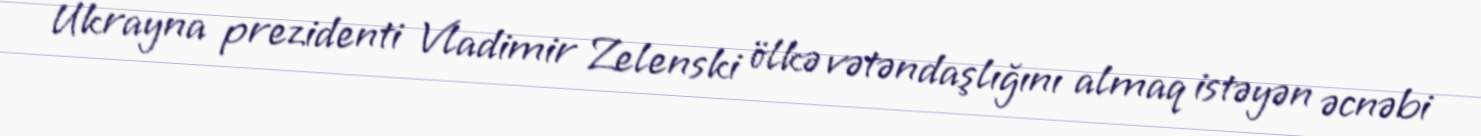
Ukrayna prezidenti Vladimir Zelenski ölkə vətəndaşlığını almaq istəyən əcnəbi